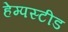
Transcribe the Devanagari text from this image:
हेम्पस्टीड